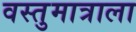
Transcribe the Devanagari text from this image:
वस्तुमात्राला